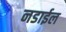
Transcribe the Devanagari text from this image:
नडाईल